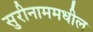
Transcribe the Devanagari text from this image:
सुरीनाममधील